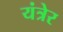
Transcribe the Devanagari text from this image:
यंत्रेर